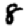
Digit: 8